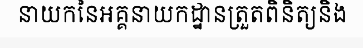
នាយកនៃអគ្គនាយកដ្ឋានត្រួតពិនិត្យនិង